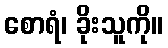
စောရံ၊ ခိုးသူကို။